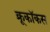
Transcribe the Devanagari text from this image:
क्रूकॉकस